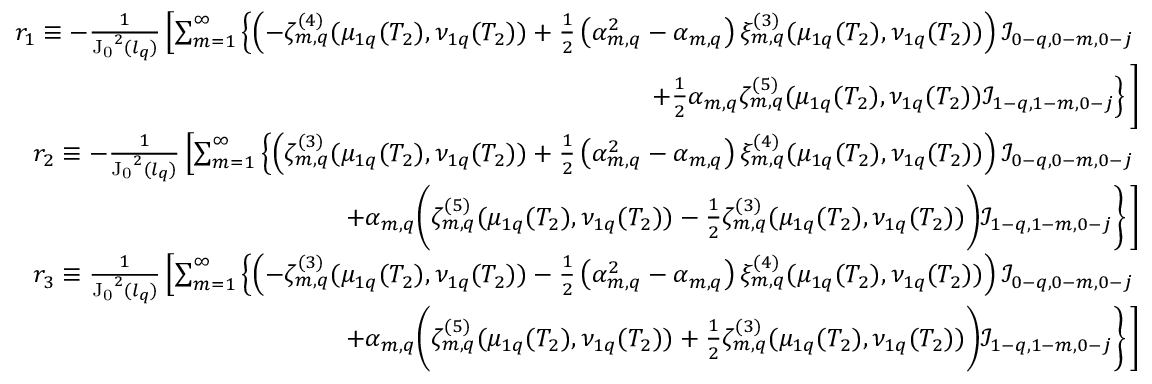
\begin{array} { r l r } { \footnotesize } & { } & { r _ { 1 } \equiv - \frac { 1 } { \mathrm { J _ { 0 } } ^ { 2 } ( l _ { q } ) } \left[ \sum _ { m = 1 } ^ { \infty } \left\{ \left( - \zeta _ { m , q } ^ { ( 4 ) } ( \mu _ { 1 q } ( T _ { 2 } ) , \nu _ { 1 q } ( T _ { 2 } ) ) + \frac { 1 } { 2 } \left( \alpha _ { m , q } ^ { 2 } - \alpha _ { m , q } \right) \xi _ { m , q } ^ { ( 3 ) } ( \mu _ { 1 q } ( T _ { 2 } ) , \nu _ { 1 q } ( T _ { 2 } ) ) \right) \mathcal { I } _ { 0 - q , 0 - m , 0 - j } \right. \right. } \\ & { } & { \left. + \frac { 1 } { 2 } \alpha _ { m , q } \zeta _ { m , q } ^ { ( 5 ) } ( \mu _ { 1 q } ( T _ { 2 } ) , \nu _ { 1 q } ( T _ { 2 } ) ) \mathcal { I } _ { 1 - q , 1 - m , 0 - j } \right\} \Bigg ] } \\ & { } & { r _ { 2 } \equiv - \frac { 1 } { \mathrm { J _ { 0 } } ^ { 2 } ( l _ { q } ) } \left[ \sum _ { m = 1 } ^ { \infty } \left\{ \left( \zeta _ { m , q } ^ { ( 3 ) } ( \mu _ { 1 q } ( T _ { 2 } ) , \nu _ { 1 q } ( T _ { 2 } ) ) + \frac { 1 } { 2 } \left( \alpha _ { m , q } ^ { 2 } - \alpha _ { m , q } \right) \xi _ { m , q } ^ { ( 4 ) } ( \mu _ { 1 q } ( T _ { 2 } ) , \nu _ { 1 q } ( T _ { 2 } ) ) \right) \mathcal { I } _ { 0 - q , 0 - m , 0 - j } \right. \right. } \\ & { } & { \left. + \alpha _ { m , q } \bigg ( \zeta _ { m , q } ^ { ( 5 ) } ( \mu _ { 1 q } ( T _ { 2 } ) , \nu _ { 1 q } ( T _ { 2 } ) ) - \frac { 1 } { 2 } \zeta _ { m , q } ^ { ( 3 ) } ( \mu _ { 1 q } ( T _ { 2 } ) , \nu _ { 1 q } ( T _ { 2 } ) ) \bigg ) \mathcal { I } _ { 1 - q , 1 - m , 0 - j } \right\} \Bigg ] } \\ & { } & { r _ { 3 } \equiv \frac { 1 } { \mathrm { J _ { 0 } } ^ { 2 } ( l _ { q } ) } \left[ \sum _ { m = 1 } ^ { \infty } \left\{ \left( - \zeta _ { m , q } ^ { ( 3 ) } ( \mu _ { 1 q } ( T _ { 2 } ) , \nu _ { 1 q } ( T _ { 2 } ) ) - \frac { 1 } { 2 } \left( \alpha _ { m , q } ^ { 2 } - \alpha _ { m , q } \right) \xi _ { m , q } ^ { ( 4 ) } ( \mu _ { 1 q } ( T _ { 2 } ) , \nu _ { 1 q } ( T _ { 2 } ) ) \right) \mathcal { I } _ { 0 - q , 0 - m , 0 - j } \right. \right. } \\ & { } & { \left. + \alpha _ { m , q } \bigg ( \zeta _ { m , q } ^ { ( 5 ) } ( \mu _ { 1 q } ( T _ { 2 } ) , \nu _ { 1 q } ( T _ { 2 } ) ) + \frac { 1 } { 2 } \zeta _ { m , q } ^ { ( 3 ) } ( \mu _ { 1 q } ( T _ { 2 } ) , \nu _ { 1 q } ( T _ { 2 } ) ) \bigg ) \mathcal { I } _ { 1 - q , 1 - m , 0 - j } \right\} \Bigg ] } \end{array}